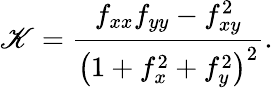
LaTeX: \mathscr{K}=\frac{{f_{xx}f_{yy}-f_{xy}^{2}}}{{\left(1+f_{x}^{2}+f_{y}^{2}\right)^{2}}}.